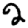
Digit: 2